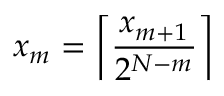
{ { x } _ { m } } = \left\lceil \frac { { { x } _ { m + 1 } } } { { { 2 } ^ { N - m } } } \right\rceil